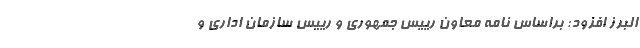
البرز افزود: براساس نامه معاون رییس جمهوری و رییس سازمان اداری و